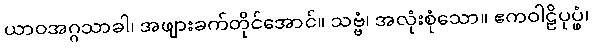
ယာဝအဂ္ဂသာခါ၊ အဖျားခက်တိုင်အောင်။ သဗ္ဗံ၊ အလုံးစုံသော။ ဧကဝါဠိပုပ္ဖံ၊